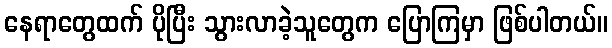
နေရာတွေထက် ပိုပြီး သွားလာခဲ့သူတွေက ပြောကြမှာ ဖြစ်ပါတယ်။